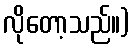
လိုတော့သည်။)